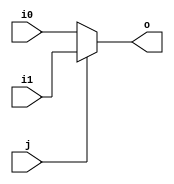
module mux2 (input wire i0, i1, j, output wire o);
  assign o = (j==0)?i0:i1;
endmodule

module barrel_shift_16bit (in, ctrl, out);
  input  [15:0] in; 
  input [3:0] ctrl;  
  output [15:0] out;   
  wire [15:0] x,y,z;

mux2 mux_15(in[15],1'b0,ctrl[3],x[15]);
mux2 mux_14(in[14],1'b0,ctrl[3],x[14]);
mux2 mux_13(in[13],1'b0,ctrl[3],x[13]);
mux2 mux_12(in[12],1'b0,ctrl[3],x[12]);
mux2 mux_11(in[11],1'b0,ctrl[3],x[11]);
mux2 mux_10(in[10],1'b0,ctrl[3],x[10]);
mux2 mux_9(in[9],1'b0,ctrl[3],x[9]);
mux2 mux_8(in[8],1'b0,ctrl[3],x[8]);
mux2 mux_7(in[7],in[15],ctrl[3],x[7]);
mux2 mux_6(in[6],in[14],ctrl[3],x[6]);
mux2 mux_5(in[5],in[13],ctrl[3],x[5]);
mux2 mux_4(in[4],in[12],ctrl[3],x[4]);
mux2 mux_3(in[3],in[11],ctrl[3],x[3]);
mux2 mux_2(in[2],in[10],ctrl[3],x[2]);
mux2 mux_1(in[1],in[9],ctrl[3],x[1]);
mux2 mux_0(in[0],in[8],ctrl[3],x[0]);


mux2 mux_31(x[15],1'b0,ctrl[2],y[15]);
mux2 mux_30(x[14],1'b0,ctrl[2],y[14]);
mux2 mux_29(x[13],1'b0,ctrl[2],y[13]);
mux2 mux_28(x[12],1'b0,ctrl[2],y[12]);
mux2 mux_27(x[11],x[15],ctrl[2],y[11]);
mux2 mux_26(x[10],x[14],ctrl[2],y[10]);
mux2 mux_25(x[9],x[13],ctrl[2],y[9]);
mux2 mux_24(x[8],x[12],ctrl[2],y[8]);
mux2 mux_23(x[7],x[11],ctrl[2],y[7]);
mux2 mux_22(x[6],x[10],ctrl[2],y[6]);
mux2 mux_21(x[5],x[9],ctrl[2],y[5]);
mux2 mux_20(x[4],x[8],ctrl[2],y[4]);
mux2 mux_19(x[3],x[7],ctrl[2],y[3]);
mux2 mux_18(x[2],x[6],ctrl[2],y[2]);
mux2 mux_17(x[1],x[5],ctrl[2],y[1]);
mux2 mux_16(x[0],x[4],ctrl[2],y[0]);


mux2 mux_47(y[15],1'b0,ctrl[1],z[15]);
mux2 mux_46(y[14],1'b0,ctrl[1],z[14]);
mux2 mux_45(y[13],y[15],ctrl[1],z[13]);
mux2 mux_44(y[12],y[14],ctrl[1],z[12]);
mux2 mux_43(y[11],y[13],ctrl[1],z[11]);
mux2 mux_42(y[10],y[12],ctrl[1],z[10]);
mux2 mux_41(y[9],y[11],ctrl[1],z[9]);
mux2 mux_40(y[8],y[10],ctrl[1],z[8]);
mux2 mux_39(y[7],y[9],ctrl[1],z[7]);
mux2 mux_38(y[6],y[8],ctrl[1],z[6]);
mux2 mux_37(y[5],y[7],ctrl[1],z[5]);
mux2 mux_36(y[4],y[6],ctrl[1],z[4]);
mux2 mux_35(y[3],y[5],ctrl[1],z[3]);
mux2 mux_34(y[2],y[4],ctrl[1],z[2]);
mux2 mux_33(y[1],y[3],ctrl[1],z[1]);
mux2 mux_32(y[0],y[2],ctrl[1],z[0]);


mux2 mux_63(z[15],1'b0,ctrl[0],out[15]);
mux2 mux_62(z[14],z[15],ctrl[0],out[14]);
mux2 mux_61(z[13],z[14],ctrl[0],out[13]);
mux2 mux_60(z[12],z[13],ctrl[0],out[12]);
mux2 mux_59(z[11],z[12],ctrl[0],out[11]);
mux2 mux_58(z[10],z[11],ctrl[0],out[10]);
mux2 mux_57(z[9],z[10],ctrl[0],out[9]);
mux2 mux_56(z[8],z[9],ctrl[0],out[8]);
mux2 mux_55(z[7],z[8],ctrl[0],out[7]);
mux2 mux_54(z[6],z[7],ctrl[0],out[6]);
mux2 mux_53(z[5],z[6],ctrl[0],out[5]);
mux2 mux_52(z[4],z[5],ctrl[0],out[4]);
mux2 mux_51(z[3],z[4],ctrl[0],out[3]);
mux2 mux_50(z[2],z[3],ctrl[0],out[2]);
mux2 mux_49(z[1],z[2],ctrl[0],out[1]);
mux2 mux_48(z[0],z[1],ctrl[0],out[0]);
endmodule